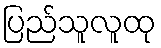
ပြည်သူလူထု